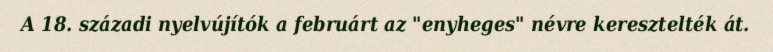
A 18. századi nyelvújítók a februárt az "enyheges" névre keresztelték át.